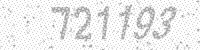
Solution: 721193